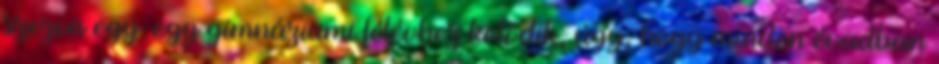
szezon egy-egy gimnáziumi félévhez kötődik, úgy, hogy minden évadban